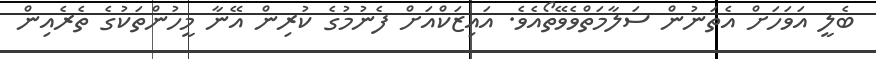
ބެލީ އަވަހަށް އެތަނުން ސަލާމަތްވެވޭތޯއެވެ. އައިޒަކްއަށް ފެނުމުގެ ކުރިން އޭނާ މީހުންތަކުގެ ތެރެއިން